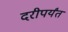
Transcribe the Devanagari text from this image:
दरीपर्यंत